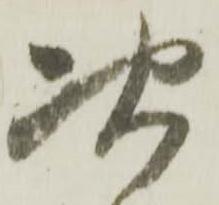
次